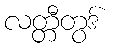
လတ္တီတွဒ်